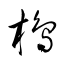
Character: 樢